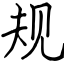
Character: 规